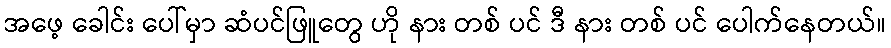
အဖေ့ ခေါင်း ပေါ်မှာ ဆံပင်ဖြူတွေ ဟို နား တစ် ပင် ဒီ နား တစ် ပင် ပေါက်နေတယ်။